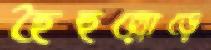
হৈহুল্লোড়ে